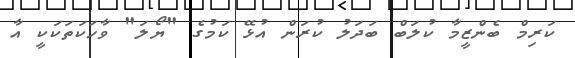
ކަރިމް ބެންޒީމާ ކުލަބް ބަދަލު ކުރަން އުޅޭ ކަމުގެ "ޔޯލަ" ވާހަކަތަކަކީ އާ